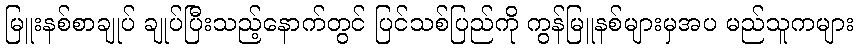
မြူးနစ်စာချုပ် ချုပ်ပြီးသည့်နောက်တွင် ပြင်သစ်ပြည်ကို ကွန်မြူနစ်များမှအပ မည်သူကများ